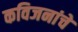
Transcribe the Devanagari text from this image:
कविजनांचे